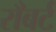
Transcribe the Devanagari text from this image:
राँबर्ट